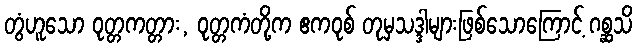
တွံဟူသော ဝုတ္တကတ္တား, ဝုတ္တကံတို့က ဧကဝုစ် တုမှသဒ္ဒါများဖြစ်သောကြောင့် ဂစ္ဆသိ